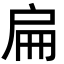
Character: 扁